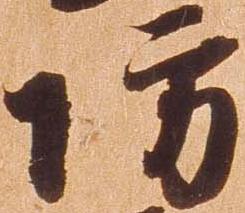
防